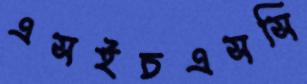
এসইচএসসি